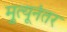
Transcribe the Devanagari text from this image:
मृुत्यूनंतर